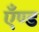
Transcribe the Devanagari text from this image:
एँण्ड